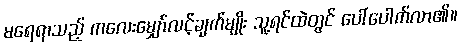
မရေရာသည့် ကလေးမျှော်လင့်ချက်မျိုး သူ့ရင်ထဲတွင် ပေါ်ပေါက်လာ၏။